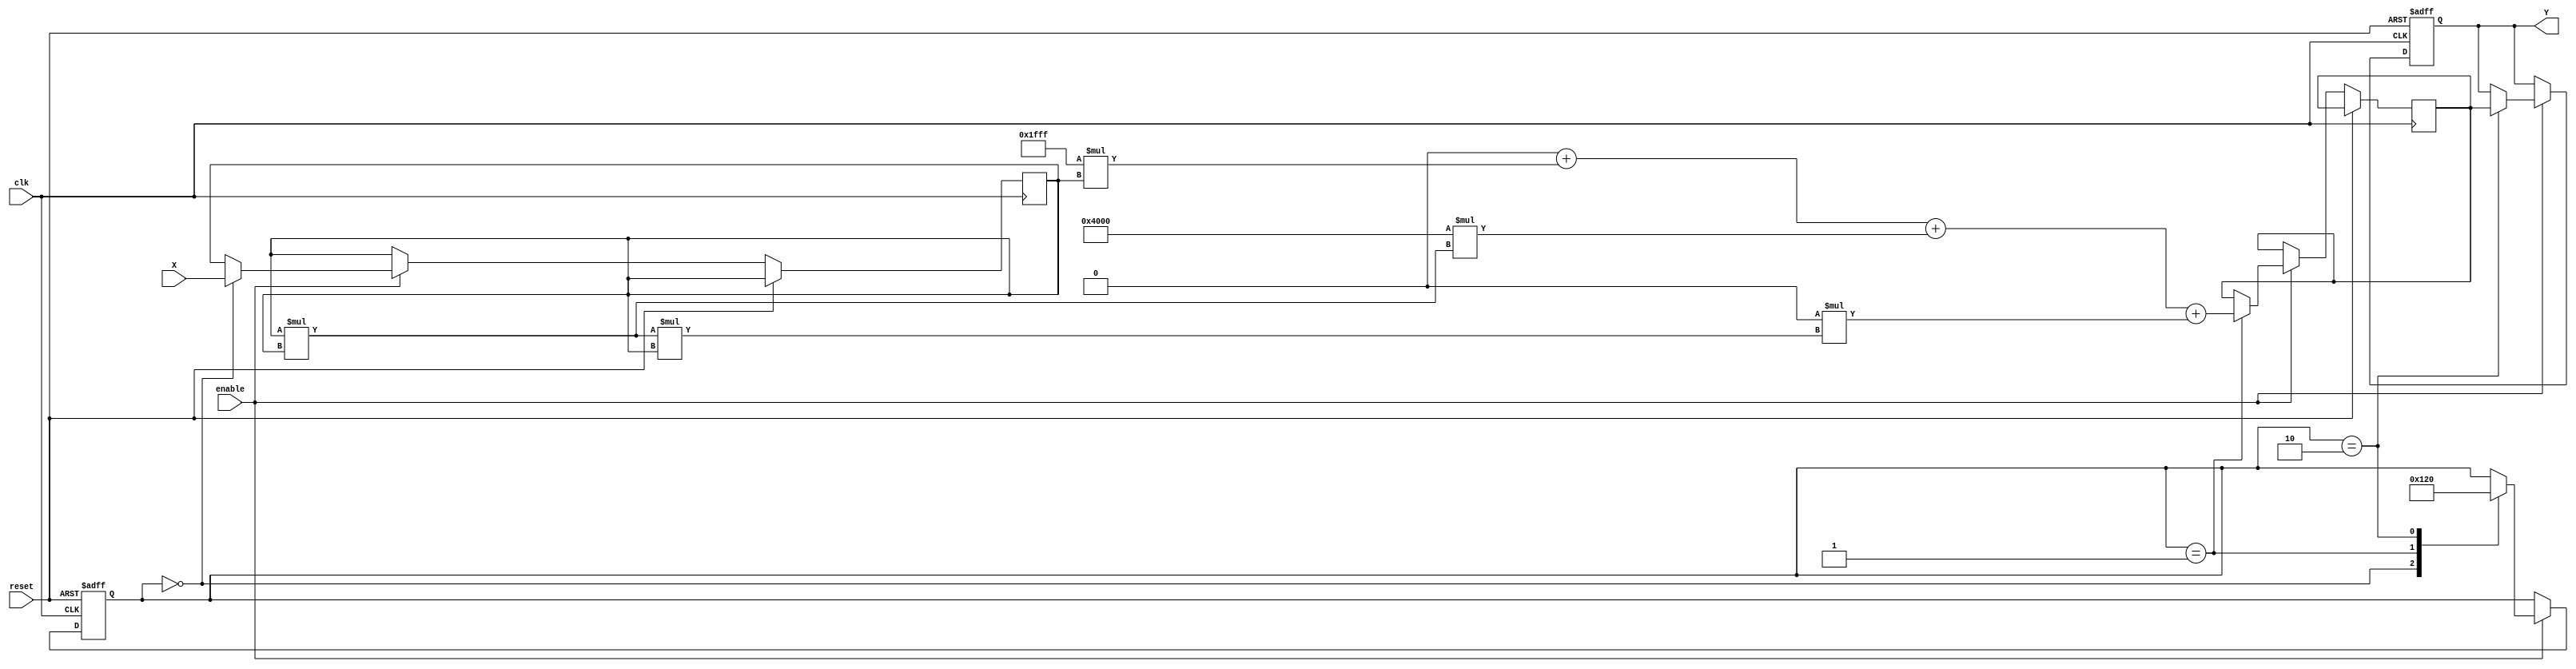
module atan_block (
    input wire signed [15:0] X,  // Input data (tangent value)
    input wire clk,               // Clock signal
    input wire reset,             // Reset signal
    input wire enable,            // Enable signal
    output reg signed [15:0] Y    // Output data (angle in radians)
);

    // Constants for the polynomial approximation
    parameter signed [15:0] PI_OVER_2 = 16'h1FFC; // /2 in fixed-point representation
    parameter signed [15:0] PI = 16'h3FFF;         //  in fixed-point representation

    // Internal signals
    reg signed [15:0] x;
    reg signed [15:0] y;
    reg [3:0] state; // State for FSM
    reg signed [15:0] approximation;

    // Polynomial coefficients for approximation (example coefficients)
    parameter signed [15:0] A0 = 16'h0000; // Coefficient for x^0
    parameter signed [15:0] A1 = 16'h1FFF; // Coefficient for x^1
    parameter signed [15:0] A2 = 16'hC000; // Coefficient for x^2
    parameter signed [15:0] A3 = 16'h0000; // Coefficient for x^3

    // State machine for processing
    always @(posedge clk or posedge reset) begin
        if (reset) begin
            Y <= 16'h0000; // Reset output
            state <= 0;    // Reset state
        end else if (enable) begin
            case (state)
                0: begin
                    // Load input and start computation
                    x <= X;
                    state <= 1;
                end
                1: begin
                    // Compute polynomial approximation
                    approximation <= A0 + (A1 * x) + (A2 * (x * x)) + (A3 * (x * x * x));
                    state <= 2;
                end
                2: begin
                    // Output the result
                    Y <= approximation;
                    state <= 0; // Go back to idle state
                end
            endcase
        end
    end

endmodule